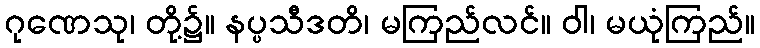
ဂုဏေသု၊ တို့၌။ နပ္ပသီဒတိ၊ မကြည်လင်။ ဝါ၊ မယုံကြည်။